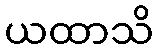
ယထာသိ